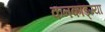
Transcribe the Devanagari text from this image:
कनकाङ्ग्या